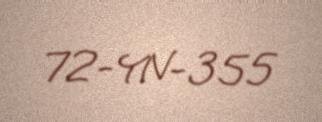
72-YN-355